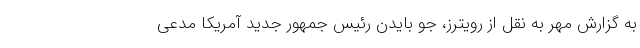
به گزارش مهر به نقل از رویترز، جو بایدن رئیس جمهور جدید آمریکا مدعی